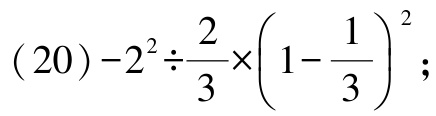
\((20)-2^{2}\div\frac{2}{3}\times(1 - \frac{1}{3})^{2};\)